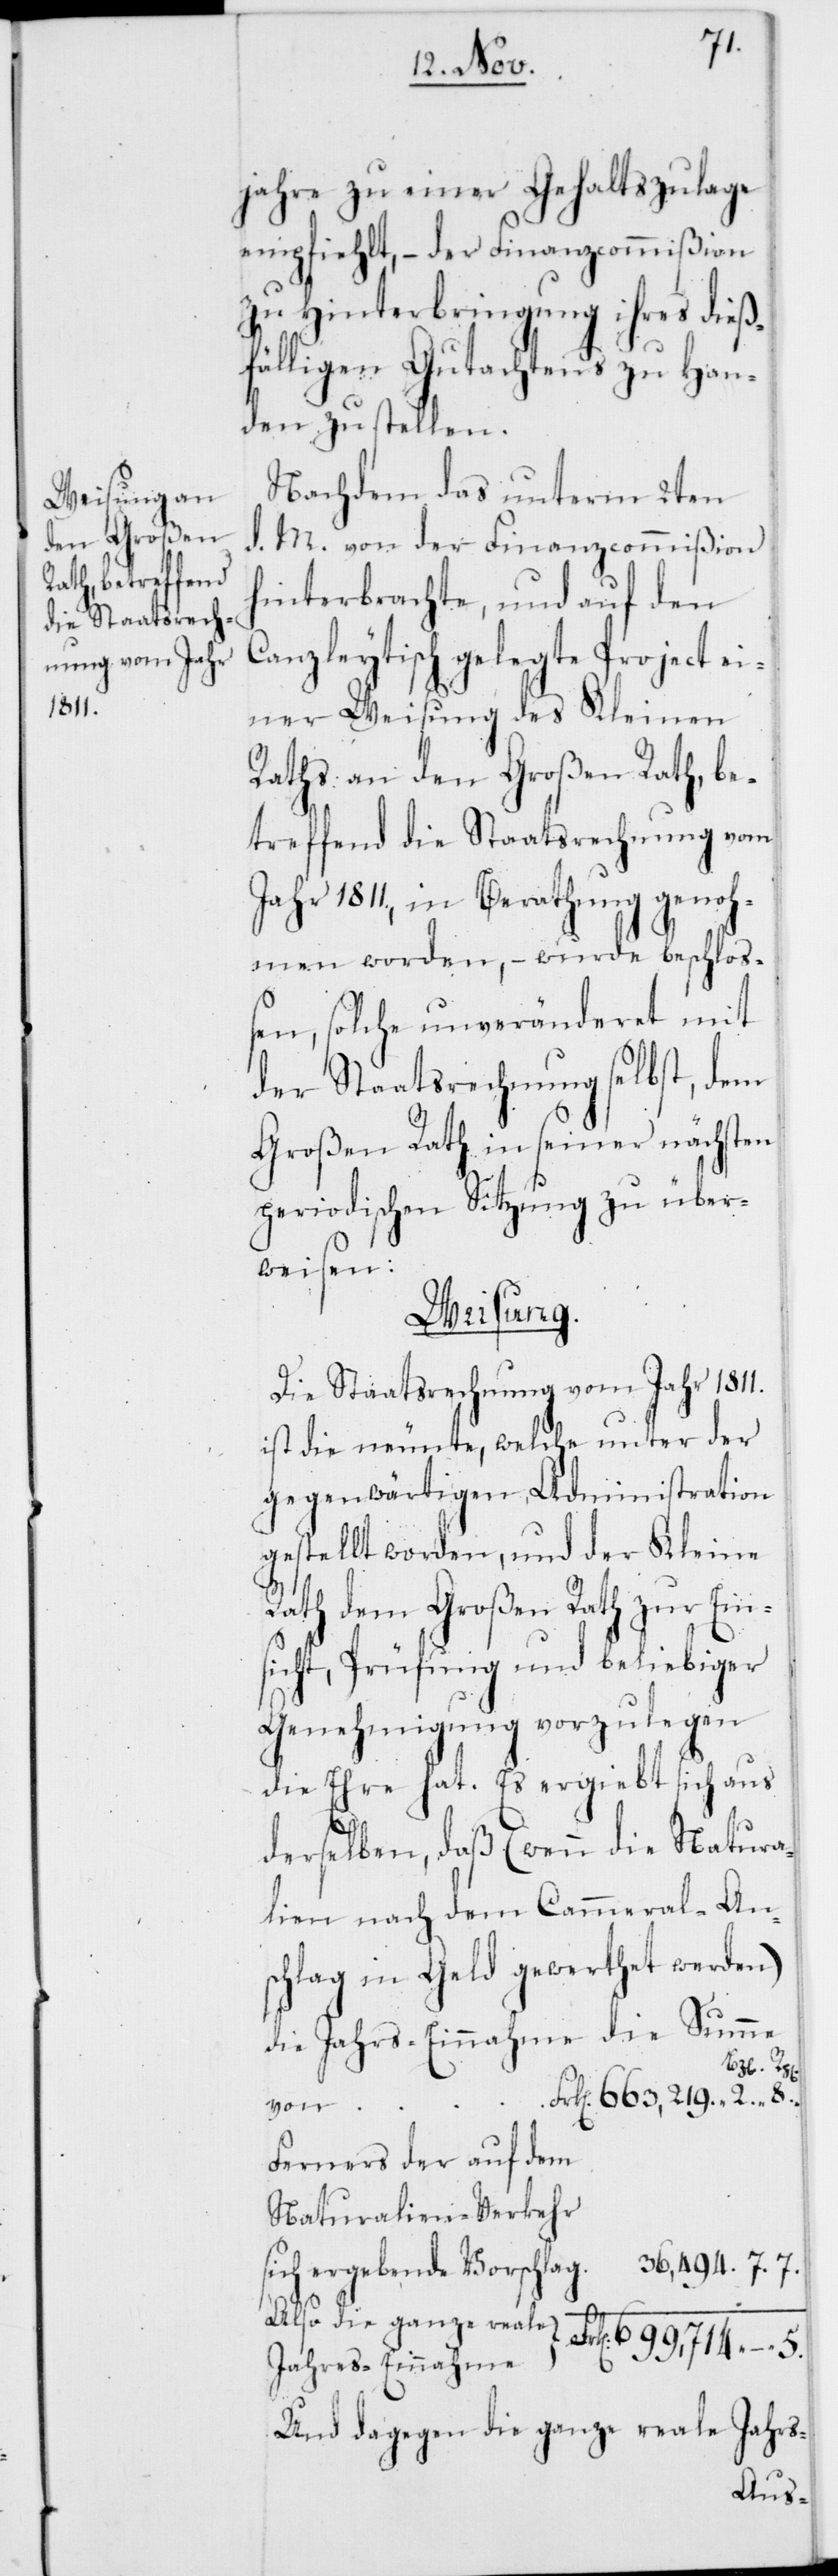
jahre zu einer Gehaltszulage
empfiehlt, – der Finanzcommißion
zu Hinterbringung ihres dieß¬
fälligen Gutachtens zu Han¬
den zu stellen.
Nachdem das unterm 2ten
d. M. von der Finanzcommißion
hinterbrachte, und auf den
Canzleytisch gelegte Project ei¬
ner Weisung des Kleinen
Raths an den Großen Rath, be¬
treffend die Staatsrechnung vom
Jahr 1811., in Berathung genoh¬
men worden, – wurde beschloß¬
en, solche unveränderet mit
der Staatsrechnung selbst, dem
Großen Rath in seiner nächsten
periodischen Sitzung zu über¬
weisen:
Weisung.
Die Staatsrechnung vom Jahr 1811.
ist die neunte, welche unter der
gegenwärtigen Administration
gestellt worden, und der Kleine
Rath dem Großen Rath zur Eins¬
icht, Prüfung und beliebiger
Genehmigung vorzulegen
die Ehre hat. Es ergiebt sich aus
derselben, daß (wenn die Natura¬
lien nach dem Cammeral-An¬
schlag in Geld gewerthet werden)
die Jahrs-Einnahme die Summe
von
2.
Ferners der auf dem
Naturalien-Verkehr
sich ergebende Vorschlag.
Also die ganze reale
Jahres-Einnahme
Und dagegen die ganze reale Jahrs-